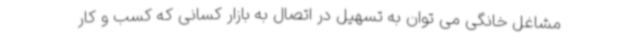
مشاغل خانگی می توان به تسهیل در اتصال به بازار کسانی که کسب و کار